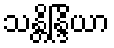
သန္တိန္ဒြိယာ